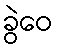
ခွဲဝေ